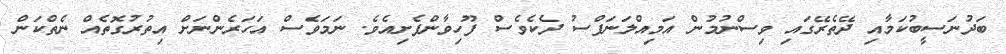
ބަދުނަސީބުކަމާއި ދޭތެރޭގައި ވިސްނުމުން އަމިއްލަނަފްސު ދެކެވެސް ފޫހިވާންފެށިއެވެ. ނަމަވެސް އަހަރެންނަށް އިތުރުގޮތެއް ނެތްކަން